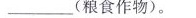
___(粮食作物)。